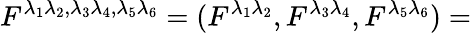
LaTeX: F^{\lambda_{1}\lambda_{2},\lambda_{3}\lambda_{4},\lambda_{5}\lambda_{6}}=(F^{\lambda_{1}\lambda_{2}},F^{\lambda_{3}\lambda_{4}},F^{\lambda_{5}\lambda_{6}})=